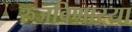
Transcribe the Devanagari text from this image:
रुजविणाऱ्या